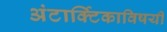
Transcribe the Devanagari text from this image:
अंटार्क्टिकाविषयी